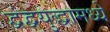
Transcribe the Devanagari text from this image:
द्वंद्वयुद्धामध्ये